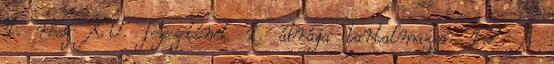
1. rész XV. fejezetének 1. ábrája tartalmazza. 1.2. A